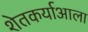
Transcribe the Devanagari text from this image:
शेतकर्याआला